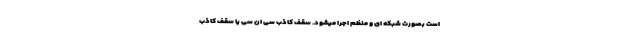
است بصورت شبکه ای و منظم اجرا میشود. سقف کاذب سی ان سی یا سقف کاذب